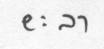
ยะลา